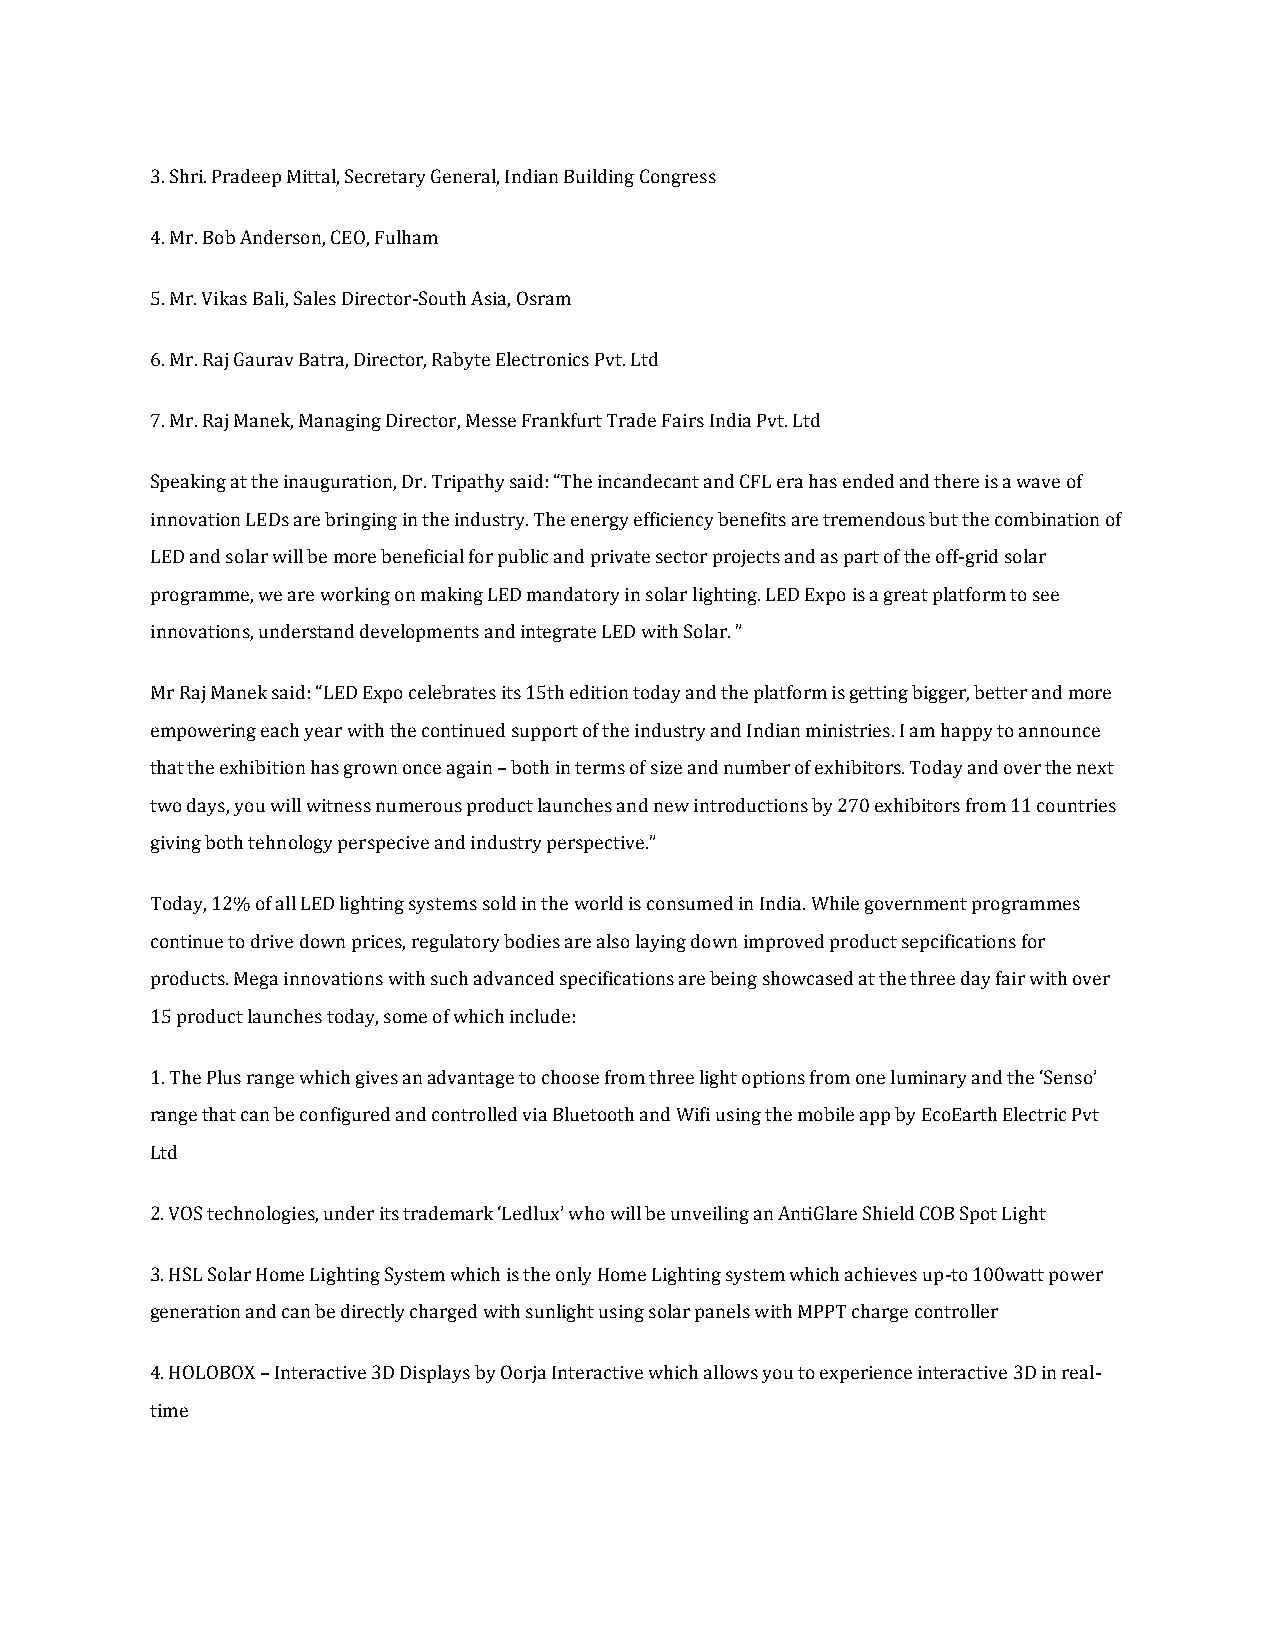
3. Shri. Pradeep Mittal, Secretary General, Indian Building Congress
 4. Mr. Bob Anderson, CEO, Fulham
 5. Mr. Vikas Bali, Sales Director-South Asia, Osram
 6. Mr. Raj Gaurav Batra, Director, Rabyte Electronics Pvt. Ltd
 7. Mr. Raj Manek, Managing Director, Messe Frankfurt Trade Fairs India Pvt. Ltd
 Speaking at the inauguration, Dr. Tripathy said: “The incandecant and CFL era has ended and there is a wave of
 innovation LEDs are bringing in the industry. The energy efficiency benefits are tremendous but the combination of
 LED and solar will be more beneficial for public and private sector projects and as part of the off-grid solar
 programme, we are working on making LED mandatory in solar lighting. LED Expo is a great platform to see
 innovations, understand developments and integrate LED with Solar. ”
 Mr Raj Manek said: “LED Expo celebrates its 15th edition today and the platform is getting bigger, better and more
 empowering each year with the continued support of the industry and Indian ministries. I am happy to announce
 that the exhibition has grown once again – both in terms of size and number of exhibitors. Today and over the next
 two days, you will witness numerous product launches and new introductions by 270 exhibitors from 11 countries
 giving both tehnology perspecive and industry perspective.”
 Today, 12% of all LED lighting systems sold in the world is consumed in India. While government programmes
 continue to drive down prices, regulatory bodies are also laying down improved product sepcifications for
 products. Mega innovations with such advanced specifications are being showcased at the three day fair with over
 15 product launches today, some of which include:
 1. The Plus range which gives an advantage to choose from three light options from one luminary and the ‘Senso’
 range that can be configured and controlled via Bluetooth and Wifi using the mobile app by EcoEarth Electric Pvt
 Ltd
 2. VOS technologies, under its trademark ‘Ledlux’ who will be unveiling an AntiGlare Shield COB Spot Light
 3. HSL Solar Home Lighting System which is the only Home Lighting system which achieves up-to 100watt power
 generation and can be directly charged with sunlight using solar panels with MPPT charge controller
 4. HOLOBOX – Interactive 3D Displays by Oorja Interactive which allows you to experience interactive 3D in real-
 time